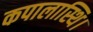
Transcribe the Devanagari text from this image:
कपालास्थि।